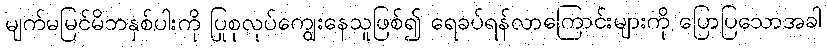
မျက်မမြင်မိဘနှစ်ပါးကို ပြုစုလုပ်ကျွေးနေသူဖြစ်၍ ရေခပ်ရန်လာကြောင်းများကို ပြောပြသောအခါ